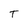
Character: T